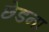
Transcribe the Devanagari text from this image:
छेडना